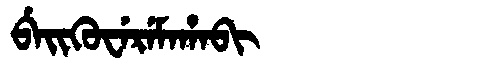
Manchu: ᠪᡝᡳᡴᡠᠸᡝᡵᡝᠮᠠᡥᠠᠪᡳ
Romanization: BEIKUWEREMAHABI